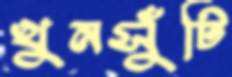
খুনসুঁটি